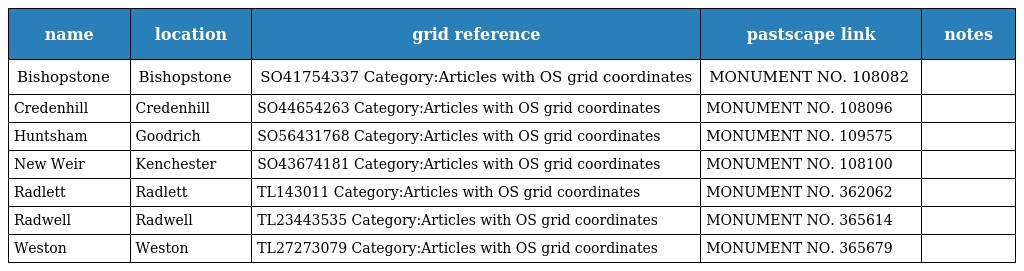
| name | location | grid reference | pastscape link | notes |
 | --- | --- | --- | --- | --- |
 | Bishopstone | Bishopstone | SO41754337 Category:Articles with OS grid coordinates | MONUMENT NO. 108082 |  |
 | Credenhill | Credenhill | SO44654263 Category:Articles with OS grid coordinates | MONUMENT NO. 108096 |  |
 | Huntsham | Goodrich | SO56431768 Category:Articles with OS grid coordinates | MONUMENT NO. 109575 |  |
 | New Weir | Kenchester | SO43674181 Category:Articles with OS grid coordinates | MONUMENT NO. 108100 |  |
 | Radlett | Radlett | TL143011 Category:Articles with OS grid coordinates | MONUMENT NO. 362062 |  |
 | Radwell | Radwell | TL23443535 Category:Articles with OS grid coordinates | MONUMENT NO. 365614 |  |
 | Weston | Weston | TL27273079 Category:Articles with OS grid coordinates | MONUMENT NO. 365679 |  |